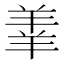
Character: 𫅓